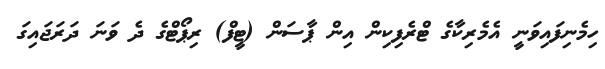
ހިމެނިފައިވަނީ އެމެރިކާގެ ޓްރެފިކިން އިން ޕާސަން (ޓީފް) ރިޕޯޓްގެ ދެ ވަނަ ދަރަޖައިގަ